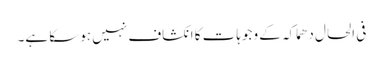
فی الحال دھماکہ کے وجوہات کا انکشاف نہیں ہوسکا ہے۔